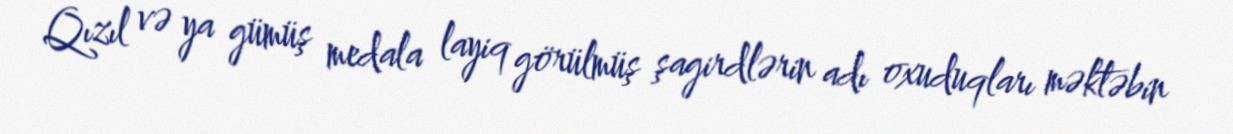
Qızıl və ya gümüş medala layiq görülmüş şagirdlərin adı oxuduqları məktəbin